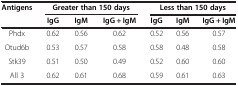
<table><thead><tr><td><b>Antigens</b></td><td colspan="3"><b>Greater than 150 days</b></td><td colspan="3"><b>Less than 150 days</b></td></tr><tr><td><b> </b></td><td><b>IgG</b></td><td><b>IgM</b></td><td><b>IgG + IgM</b></td><td><b>IgG</b></td><td><b>IgM</b></td><td><b>IgG + IgM</b></td></tr></thead><tbody><tr><td>Phdx</td><td>0.62</td><td>0.56</td><td>0.62</td><td>0.52</td><td>0.56</td><td>0.57</td></tr><tr><td>Otud6b</td><td>0.53</td><td>0.57</td><td>0.58</td><td>0.58</td><td>0.48</td><td>0.58</td></tr><tr><td>Stk39</td><td>0.51</td><td>0.50</td><td>0.49</td><td>0.52</td><td>0.60</td><td>0.60</td></tr><tr><td>All 3</td><td>0.62</td><td>0.61</td><td>0.68</td><td>0.59</td><td>0.61</td><td>0.63</td></tr></tbody></table>